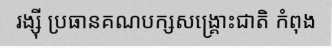
រង្ស៊ី ប្រធានគណបក្សសង្គ្រោះជាតិ កំពុង